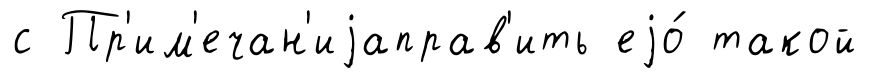
с Пр'им'ечан'иjаправ'ить еjо́ такой